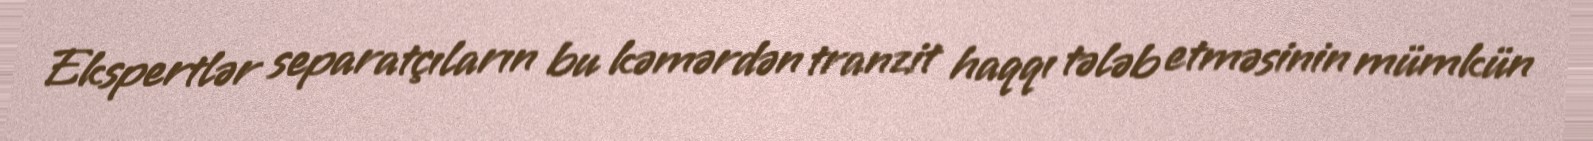
Ekspertlər separatçıların bu kəmərdən tranzit haqqı tələb etməsinin mümkün